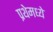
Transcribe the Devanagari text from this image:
प्रथेमध्ये